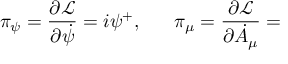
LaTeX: \pi _ { \psi } = \frac { \partial \mathcal { L } } { \partial \dot { \psi } } = i \psi ^ { + } , \, \, \ \ \ \ \pi _ { \mu } = \frac { \partial \mathcal { L } } { \partial \dot { A } _ { \mu } } =